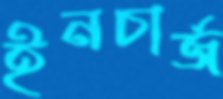
ইনচার্জ